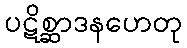
ပဋိစ္ဆာဒနဟေတု